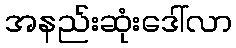
အနည်းဆုံးဒေါ်လာ